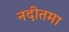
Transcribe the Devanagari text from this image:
नदीतमा